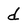
Character: d